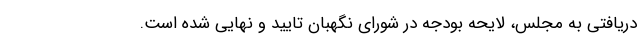
دریافتی به مجلس، لایحه بودجه در شورای نگهبان تایید و نهایی شده است.